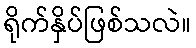
ရိုက်နှိပ်ဖြစ်သလဲ။